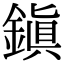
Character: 鎭